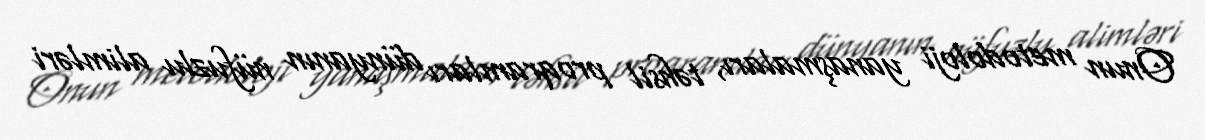
Onun metodoloji yanaşmaları, təhsil proqramları dünyanın nüfuzlu alimləri